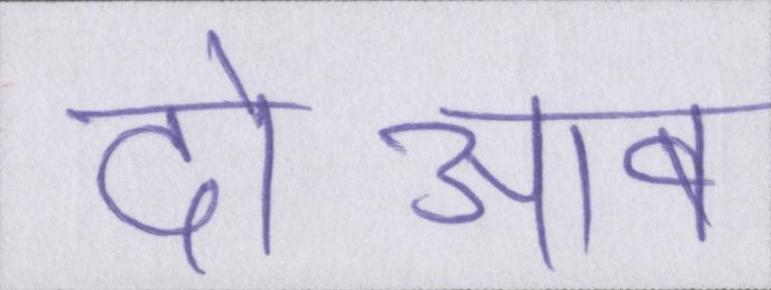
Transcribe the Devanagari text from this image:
दोआब